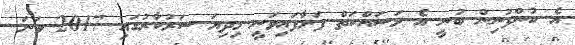
އެ ކުންފުނިން ބުނީ އެ މަސައްކަތް ފަށާފައިވަނީ މިދިޔަ ސަރުކާރުގައި 2017 ވަނަ